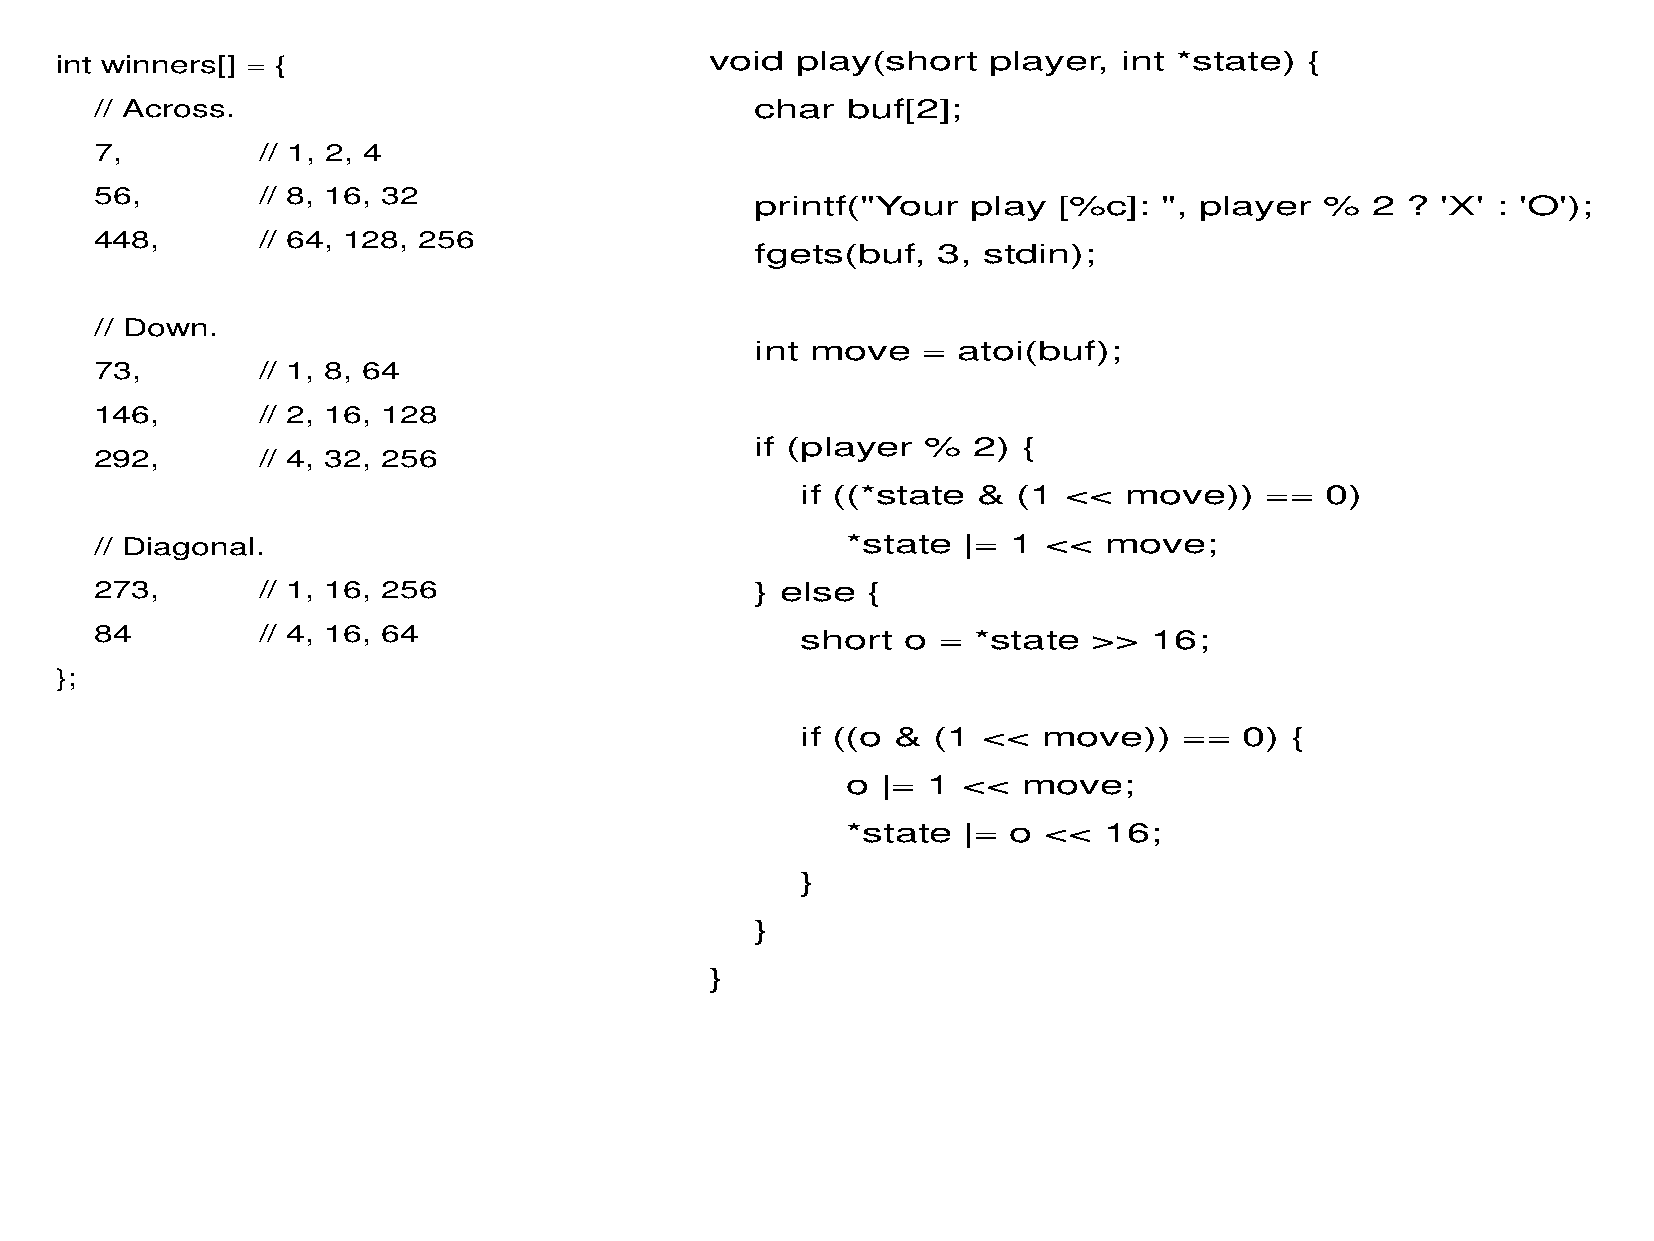
int winners[] = {                          void  play(short  player,  int *state)  {
 // Across.                                  char  buf[2];
 7,         // 1, 2, 4
 56,        // 8, 16, 32
 printf("Your  play  [%c]:  ", player  %  2 ? 'X' : 'O');
 448,       // 64, 128, 256
 fgets(buf,  3, stdin);
 // Down.
 int move   = atoi(buf);
 73,        // 1, 8, 64
 146,       // 2, 16, 128
 if (player %  2)  {
 292,       // 4, 32, 256
 if ((*state & (1 <<  move))    ==  0)
 // Diagonal.                                      *state  |= 1 <<  move;
 273,       // 1, 16, 256                    } else {
 84         // 4, 16, 64                        short  o = *state  >>  16;
 };
 if ((o & (1 <<  move))   ==  0) {
 o |= 1  <<  move;
 *state  |= o <<  16;
 }
 }
 }